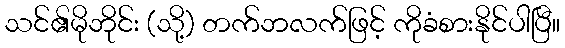
သင်၏မိုဘိုင်း (သို့) တက်ဘလက်ဖြင့် ကိုခံစားနိုင်ပါပြီ။